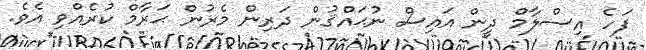
ފަހެ އިސްލާމް ދީން އައިސް ނުޙައްޤުން ދަރިން މެރުން ޙަރާމް ކުރެއްވި އެވެ.